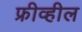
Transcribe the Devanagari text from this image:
फ्रीव्हील